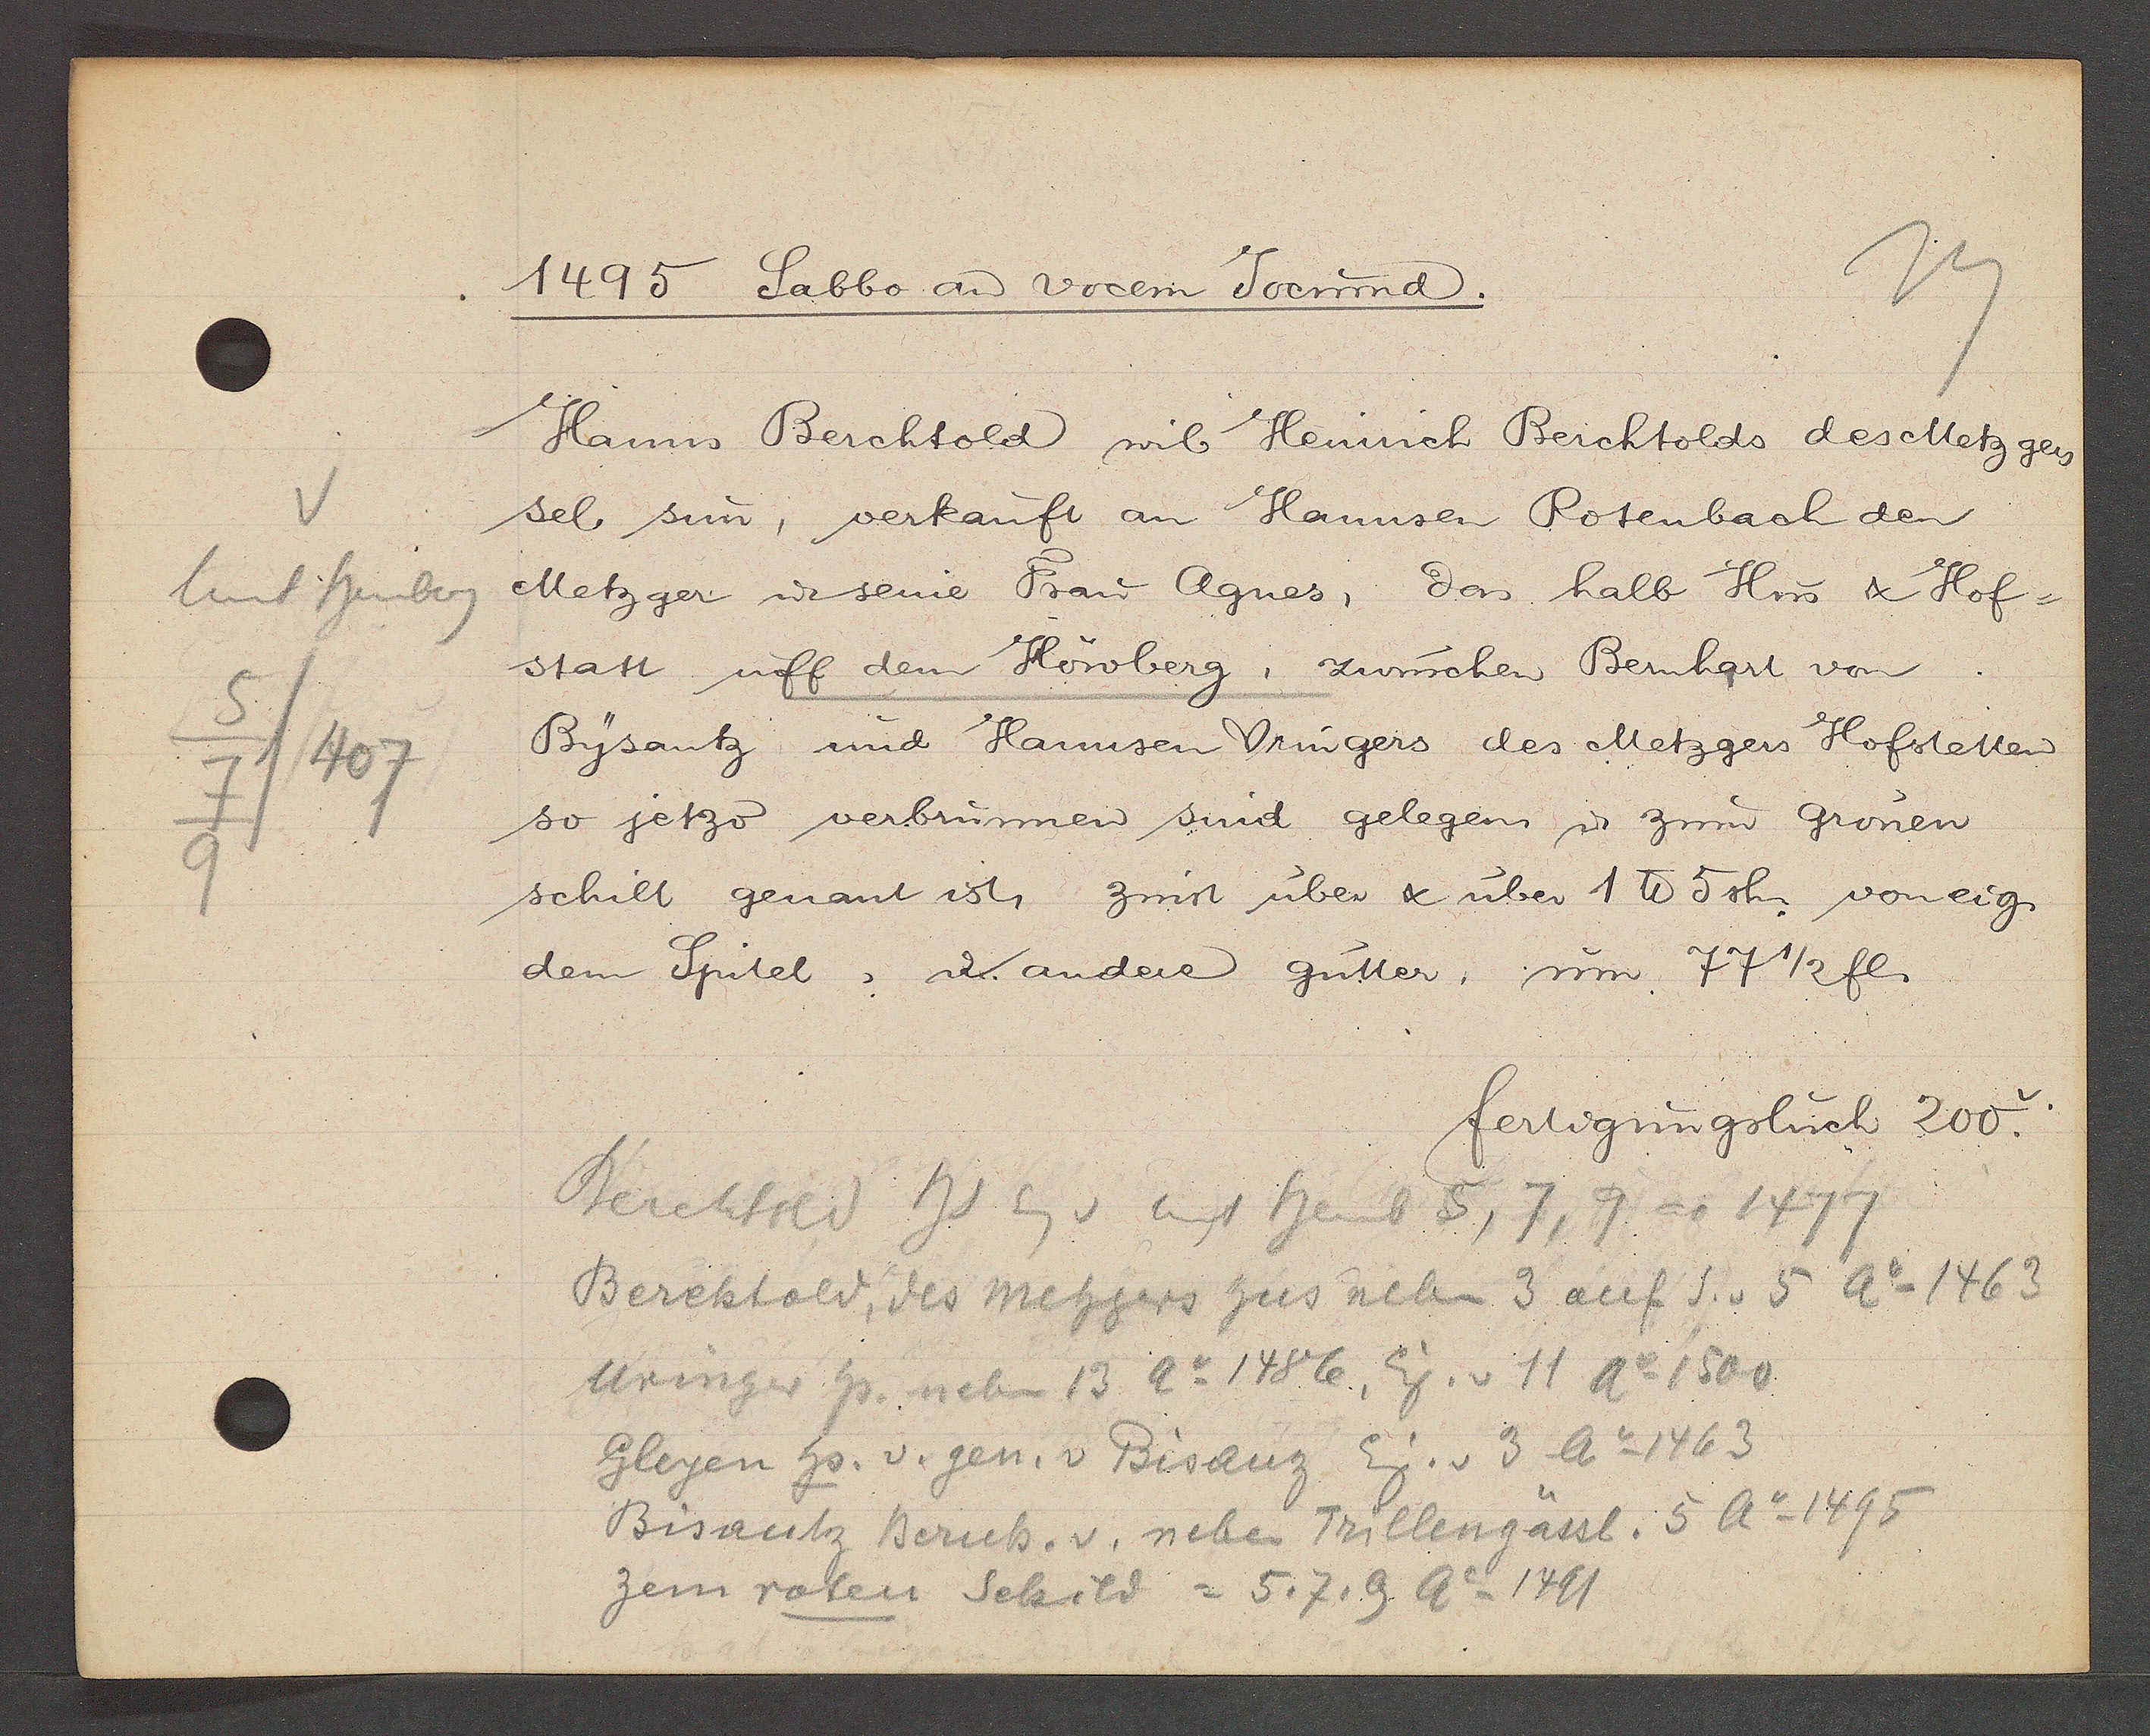
Transcript:
Unt heuberg
5
/407
7
9

1495 Sabbo an vorem Jocund.

Hanns Berchtold wil Heinrich Berchtolds des Metzgers
sel. sin, verkauft an Hannsen Rotenbach den
Metzger u seine Frau Agnes, das halb Hus & Hof¬
statt uff dem Höwberg, zwüschen Bernhart von
Bysantz und Hannsen Vringers des Metzgers Hofstetten
so jetzo verbrunnen sind gelegen u zum grönen
schilt genant ist, zinst uber & uber 1 ℔ 5 sh. von eig.
dem Spitel, u. andere gütter, um 77 1/2fl.

fertigungsbuch 200.

Berchtold Hs Eg v Eingt Henb 57 7, 9 ao 1479
Berchtold, des nebgers hus nebn 3 auf S. v 5 Ao 1463
Aringer Hs. neben 13 Ao 1482, Eig. v 11 Ao 1800
Gleyen Hs. v. gen. v Bisdüh Eig. v. 3 Ao 1463
Bisantz Bernh. v. neben Trillengässl. 5 Ao 1495
zem roten Schild = 57.9 Ao 1481